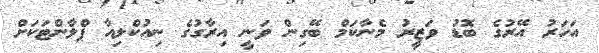
އަހަރު އޭރުގެ ބޮޑު ވަޒީރު މެނާކަމް ބޭގިން ވަނީ އިރާގުގެ ނިއުކްލިއާ ޕްލާންޓަކަށް